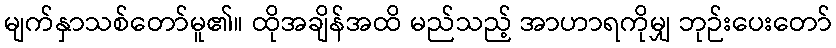
မျက်နှာသစ်တော်မူ၏။ ထိုအချိန်အထိ မည်သည့် အာဟာရကိုမျှ ဘုဉ်းပေးတော်